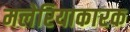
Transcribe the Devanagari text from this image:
मलेरियाकारक